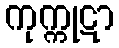
ကုက္ကုဋာ